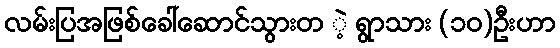
လမ်းပြအဖြစ်ခေါ်ဆောင်သွားတ ဲ့ ရွာသား (၁၀)ဦးဟာ